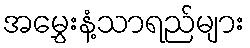
အမွှေးနံ့သာရည်များ